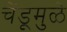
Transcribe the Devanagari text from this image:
चेंडूमुळे